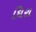
ઘિરા